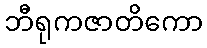
ဘီရုကဇာတိကော